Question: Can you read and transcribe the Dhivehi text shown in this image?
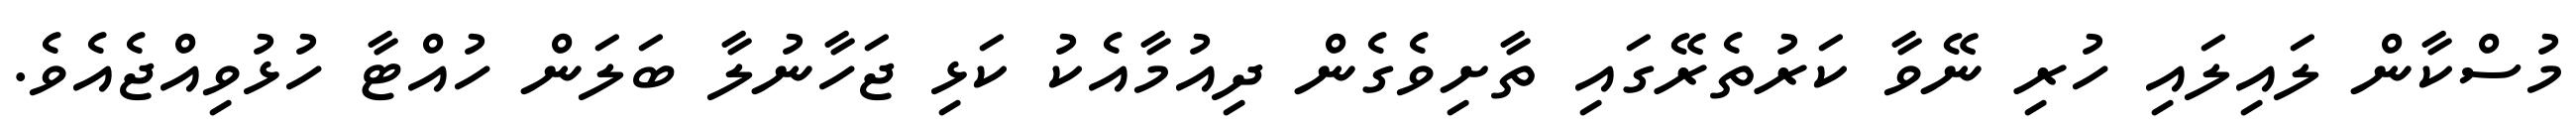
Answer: މުސްކާން ލައިލައި ހުރި ނޭވާ ކަރުތެރޭގައި ތާށިވެގެން ދިއުމާއެކު ކަޅި ޖަހާނުލާ ބަލަން ހުއްޓާ ހުޅުވިއްޖެއެވެ.